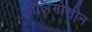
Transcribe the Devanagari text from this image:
ऑलिगोसीन